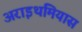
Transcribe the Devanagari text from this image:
अराइथमियास